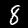
Label: 8